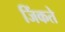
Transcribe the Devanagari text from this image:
जिंकते